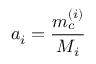
a _ { i } = \frac { m _ { c } ^ { ( i ) } } { M _ { i } }